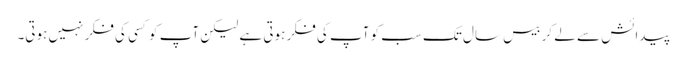
پیدائش سے لے کر بیس سال تک سب کو آپ کی فکر ہوتی ہے لیکن آپ کو کسی کی فکر نہیں ہوتی۔